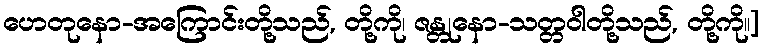
ဟေတုနော-အကြောင်းတို့သည်, တို့ကို၊ ဇန္တုနော-သတ္တဝါတို့သည်, တို့ကို။]